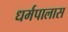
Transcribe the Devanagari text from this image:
धर्मपालास